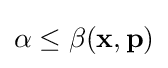
\alpha \leq \beta (\mathbf {x} ,\mathbf {p} )